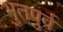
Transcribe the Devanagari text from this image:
भुतपुर्व